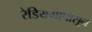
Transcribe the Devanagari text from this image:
रेडियमापासून